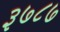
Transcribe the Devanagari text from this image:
३७८७